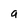
Character: a